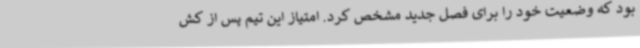
بود که وضعیت خود را برای فصل جدید مشخص کرد. امتیاز این تیم پس از کش